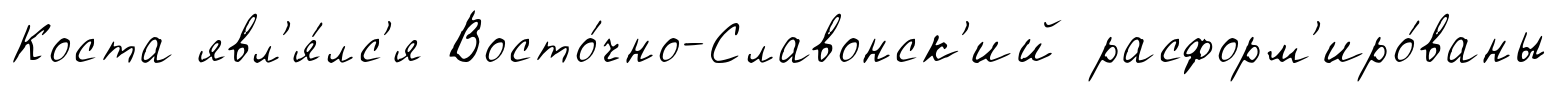
Коста явл'я́лс'я Восто́чно-Славонск'ий расформ'иро́ваны